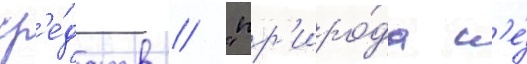
ср'е́дств // "пр'иро́да н'е́